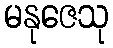
မနုဇေသု